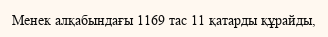
Менек алқабындағы 1169 тас 11 қатарды құрайды,